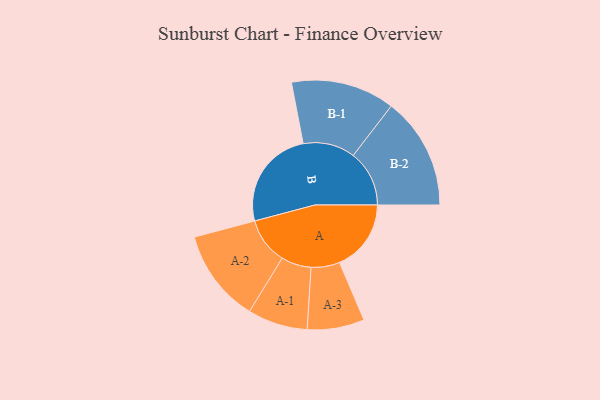
{"axis": {"x": "Segment", "y": "Value"}, "legend": ["", "A", "B"], "data": [{"x": "A", "y": 346, "type": ""}, {"x": "B", "y": 486, "type": ""}, {"x": "A-1", "y": 145, "type": "A"}, {"x": "A-2", "y": 225, "type": "A"}, {"x": "A-3", "y": 138, "type": "A"}, {"x": "B-1", "y": 251, "type": "B"}, {"x": "B-2", "y": 271, "type": "B"}]}